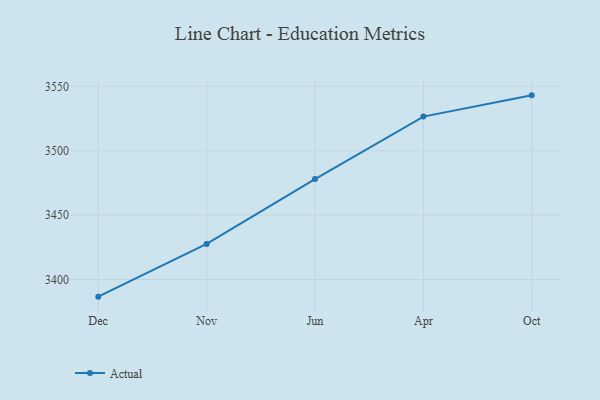
{"axis": {"x": "Month", "y": "Shipments"}, "legend": ["Actual"], "data": [{"x": "Dec", "y": 3386.7, "type": "Actual"}, {"x": "Nov", "y": 3427.6, "type": "Actual"}, {"x": "Jun", "y": 3478.0, "type": "Actual"}, {"x": "Apr", "y": 3526.5, "type": "Actual"}, {"x": "Oct", "y": 3543.0, "type": "Actual"}]}